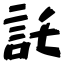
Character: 託